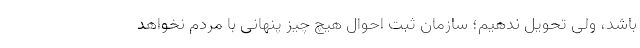
باشد، ولی تحویل ندهیم؛ سازمان ثبت احوال هیچ چیز پنهانی با مردم نخواهد